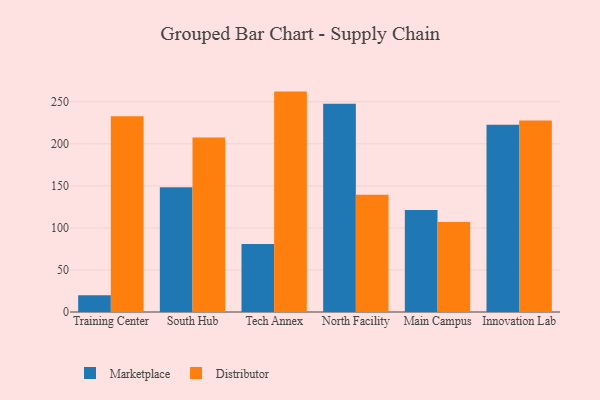
{"axis": {"x": "Campus", "y": "Customer Acquisition Cost (USD)"}, "legend": ["Distributor", "Marketplace"], "data": [{"x": "Training Center", "y": 19.9, "type": "Marketplace"}, {"x": "Training Center", "y": 232.9, "type": "Distributor"}, {"x": "South Hub", "y": 148.3, "type": "Marketplace"}, {"x": "South Hub", "y": 207.4, "type": "Distributor"}, {"x": "Tech Annex", "y": 80.9, "type": "Marketplace"}, {"x": "Tech Annex", "y": 262.1, "type": "Distributor"}, {"x": "North Facility", "y": 247.6, "type": "Marketplace"}, {"x": "North Facility", "y": 139.3, "type": "Distributor"}, {"x": "Main Campus", "y": 121.2, "type": "Marketplace"}, {"x": "Main Campus", "y": 106.9, "type": "Distributor"}, {"x": "Innovation Lab", "y": 222.8, "type": "Marketplace"}, {"x": "Innovation Lab", "y": 227.7, "type": "Distributor"}]}